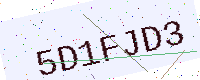
Text: 5D1FJD3